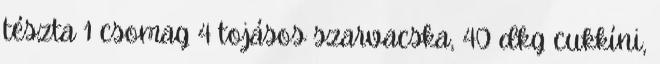
tészta 1 csomag 4 tojásos szarvacska, 40 dkg cukkíni,